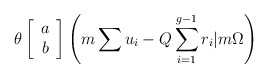
\begin{align*}\theta \left[ \begin{array}{c} a \\ b \end{array} \right]\left(m\sum u_i -Q\sum_{i=1}^{g-1}r_i |m\Omega \right)\end{align*}